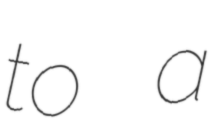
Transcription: to a